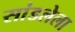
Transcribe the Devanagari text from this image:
सांडलेला